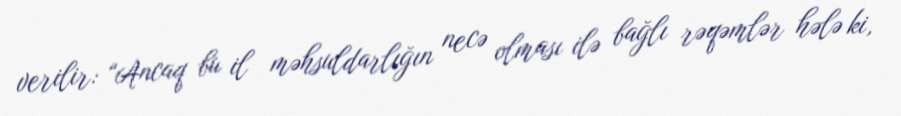
verilir: “Ancaq bu il məhsuldarlığın necə olması ilə bağlı rəqəmlər hələ ki,